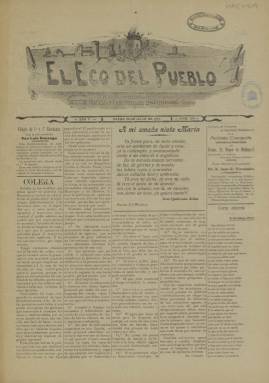
Título: El Eco del pueblo (Fuente de Cantos)
Colección: Periódicos
Ámbito geográfico: Badajoz
Lugar de publicación: Zafra [Badajoz]
Fechas: 24/07/1911-24/07/1911